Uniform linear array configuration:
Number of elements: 32
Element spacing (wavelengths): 0.75
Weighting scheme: exponential
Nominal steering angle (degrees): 30
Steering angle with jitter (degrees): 28.003
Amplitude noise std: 0.05
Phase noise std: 0.05

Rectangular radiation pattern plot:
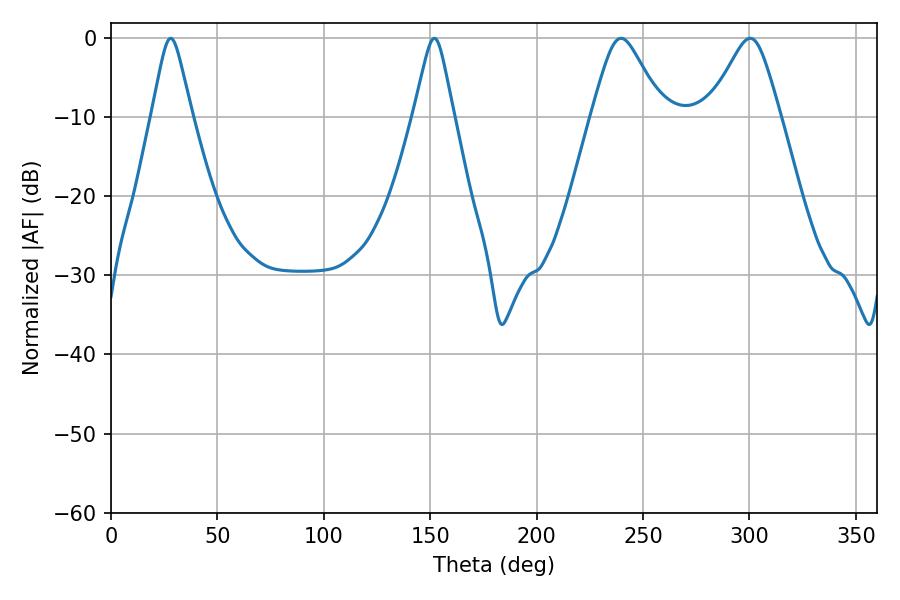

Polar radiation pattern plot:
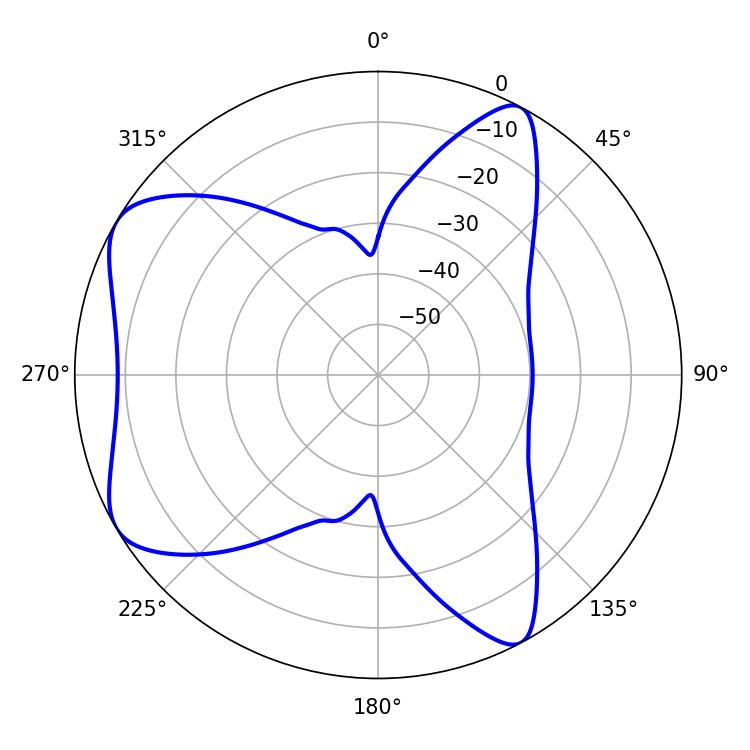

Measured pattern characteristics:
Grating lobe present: TRUE
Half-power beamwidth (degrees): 8.82
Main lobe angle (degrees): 28.08